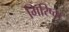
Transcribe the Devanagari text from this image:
गिरिष्ठा